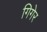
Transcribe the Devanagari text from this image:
गिगेर